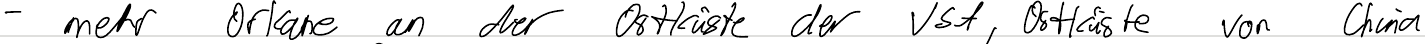
- mehr Orkane an der Ostküste der USA, Ostküste von China